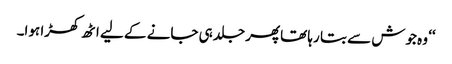
‘‘ وہ جوش سے بتا رہا تھاپھر جلد ہی جانے کے لیے اٹھ کھڑا ہوا۔